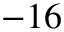
- 1 6